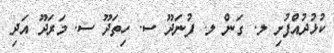
ކުޅުދުއްފުށި ލ. ގަން ލ. ފުނަދޫ ސ. ހިތަދޫ ސ. މަރަދޫ އަދި